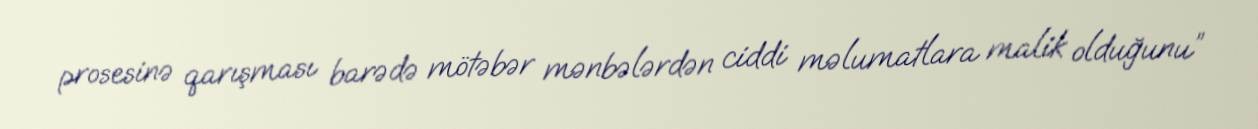
prosesinə qarışması barədə mötəbər mənbələrdən ciddi məlumatlara malik olduğunu”